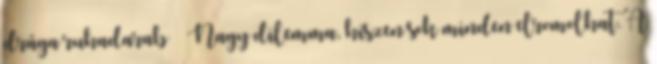
drága ruhadarab Nagy dilemma, hiszen sok minden elromolhat. A